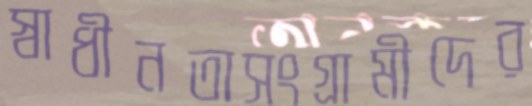
স্বাধীনতাসংগ্রামীদের